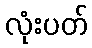
လုံးပတ်